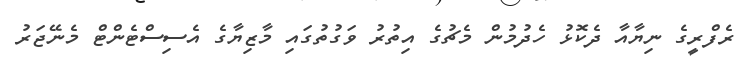
ރެފްރީގެ ނިޔާއާ ދެކޮޅު ހެދުމުން މެޗުގެ އިތުރު ވަގުތުގައި މާޒިޔާގެ އެސިސްޓެންޓް މެނޭޖަރު